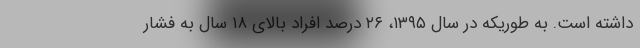
داشته است. به طوریکه در سال ۱۳۹۵، ۲۶ درصد افراد بالای ۱۸ سال به فشار